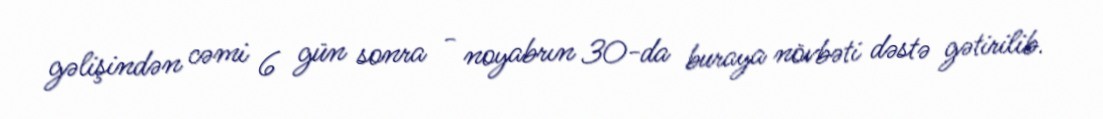
gəlişindən cəmi 6 gün sonra - noyabrın 30-da buraya növbəti dəstə gətirilib.